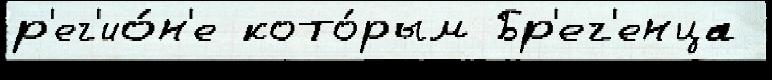
р'ег'ио́н'е кото́рым Бр'ег'енца